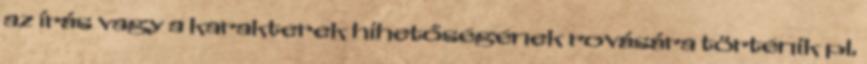
az írás vagy a karakterek hihetőségének rovására történik pl.